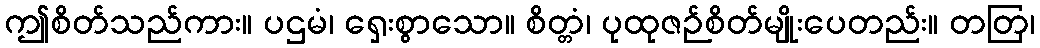
ဤစိတ်သည်ကား။ ပဌမံ၊ ရှေးစွာသော။ စိတ္တံ၊ ပုထုဇဉ်စိတ်မျိုးပေတည်း။ တတြ၊